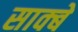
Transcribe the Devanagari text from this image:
साक्बे